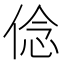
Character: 㑫